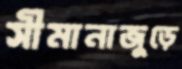
সীমানাজুড়ে